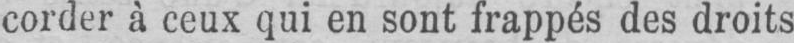
corder à ceux qui en sont frappés des droits